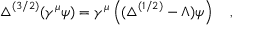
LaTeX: \triangle ^ { ( 3 / 2 ) } ( \gamma ^ { \mu } \psi ) = \gamma ^ { \mu } \left( ( \triangle ^ { ( 1 / 2 ) } - \Lambda ) \psi \right) ~ ~ ~ ,